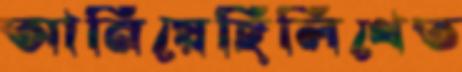
আনিয়েছিলিথেত